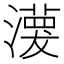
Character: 𤁊